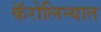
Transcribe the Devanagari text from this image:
कॅरोलिन्यात